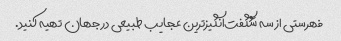
فهرستی از سه شگفت‌انگیزترین عجایب طبیعی در جهان تهیه کنید.